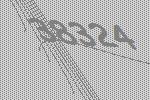
38324